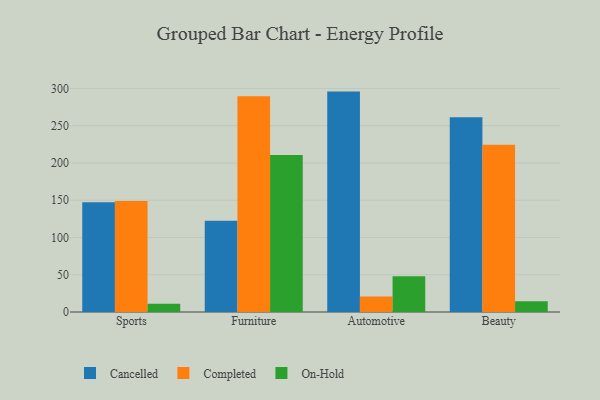
{"axis": {"x": "Category", "y": "Headcount"}, "legend": ["Cancelled", "Completed", "On-Hold"], "data": [{"x": "Sports", "y": 147.2, "type": "Cancelled"}, {"x": "Sports", "y": 148.9, "type": "Completed"}, {"x": "Sports", "y": 11.0, "type": "On-Hold"}, {"x": "Furniture", "y": 122.4, "type": "Cancelled"}, {"x": "Furniture", "y": 289.5, "type": "Completed"}, {"x": "Furniture", "y": 210.6, "type": "On-Hold"}, {"x": "Automotive", "y": 295.7, "type": "Cancelled"}, {"x": "Automotive", "y": 20.7, "type": "Completed"}, {"x": "Automotive", "y": 47.9, "type": "On-Hold"}, {"x": "Beauty", "y": 261.3, "type": "Cancelled"}, {"x": "Beauty", "y": 224.4, "type": "Completed"}, {"x": "Beauty", "y": 14.3, "type": "On-Hold"}]}